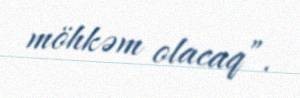
möhkəm olacaq”.